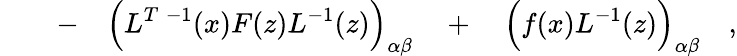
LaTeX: \qquad-\quad\Bigl(L^{T\; -1}(x)F(z)L^{-1}(z)\Bigr)_{\alpha\beta}\quad+\quad\Bigl(f(x)L^{-1}(z)\Bigr)_{\alpha\beta}\quad,